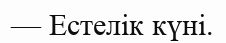
— Естелік күні.